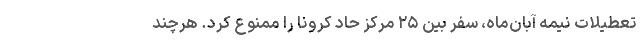
تعطیلات نیمه آبان‌ماه، سفر بین ۲۵ مرکز حاد کرونا را ممنوع کرد. هرچند